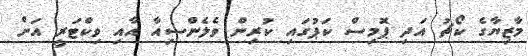
މާޒިޔާގެ ކޯޗު އަދި ޕޮމިސް ކަޕުގައި ކުރިން ވެލެންސިއާ އާއި ވިކްޓަރީ އަށް